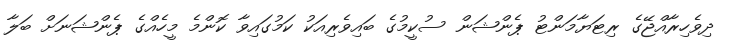
ދިވެހިރާއްޖޭގެ ރިޓަޔާމަންޓު ޕެންޝަން ސުކީމުގެ ބައިވެރިއަކު ކަމުގައިވާ ކޮންމެ މީހެއްގެ ޕެންޝަނަށް ބަލާ